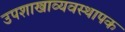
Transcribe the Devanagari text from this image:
उपशाखाव्यवस्थापक